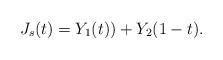
LaTeX: \begin{align*} J_s(t)=Y_1(t))+Y_2(1-t).\end{align*}